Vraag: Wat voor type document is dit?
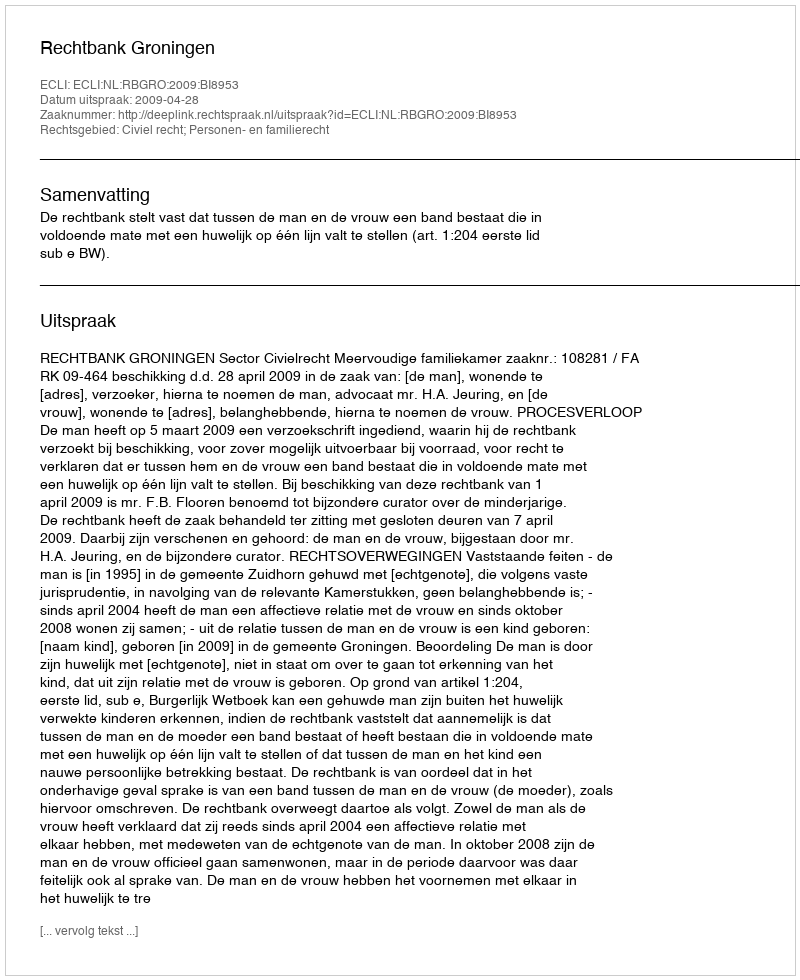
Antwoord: Uitspraak